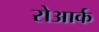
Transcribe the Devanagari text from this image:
रोआर्क